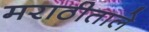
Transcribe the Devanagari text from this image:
मराठीताले